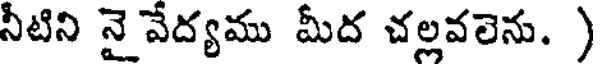
నీటిని నై వేద్యము మీద చల్లవలెను. )